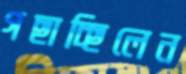
গছাচ্ছিলেন